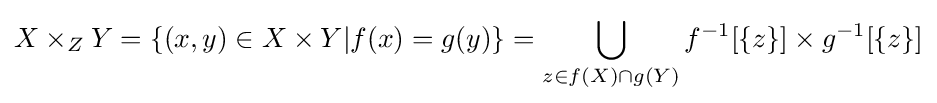
X\times _{Z}Y=\{(x,y)\in X\times Y|f(x)=g(y)\}=\bigcup _{z\in f(X)\cap g(Y)}f^{-1}[\{z\}]\times g^{-1}[\{z\}]